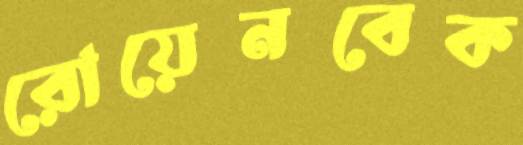
রোয়েনবেক